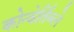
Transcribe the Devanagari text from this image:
कोन्वेर्तिब्ले